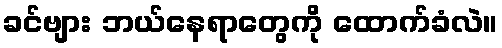
ခင်ဗျား ဘယ်နေရာတွေကို ထောက်ခံလဲ။